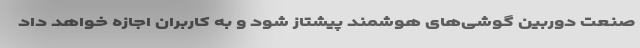
صنعت دوربین گوشی‌های هوشمند پیشتاز شود و به کاربران اجازه خواهد داد